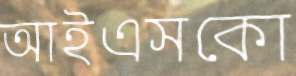
আইএসকো